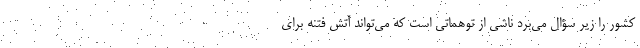
کشور را زیر سؤال می‌برد ناشی از توهماتی است که می‌تواند آتش فتنه برای